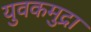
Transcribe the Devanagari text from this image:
युवकमुद्रा